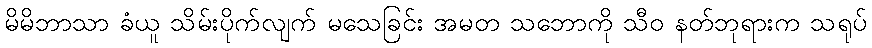
မိမိဘာသာ ခံယူ သိမ်းပိုက်လျက် မသေခြင်း အမတ သဘောကို သီဝ နတ်ဘုရားက သရုပ်